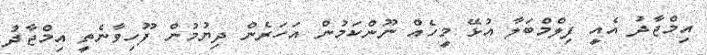
އިމްޖާދު އެއީ ފިލްމްބަލާ އުޅޭ މީހެއް ނޫންކަމުން އަހަރެން ދިޔުމުން ފޫހިވާނެތީ އިމްޖާދު